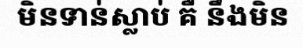
មិនទាន់ស្លាប់ គឺ នឹងមិន